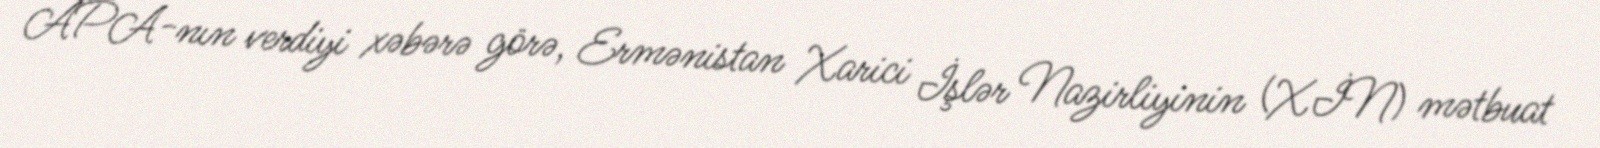
APA-nın verdiyi xəbərə görə, Ermənistan Xarici İşlər Nazirliyinin (XİN) mətbuat